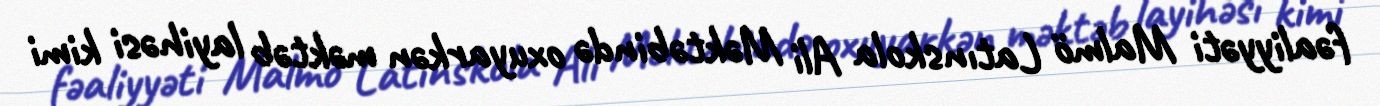
fəaliyyəti Malmö Latınskola Ali Məktəbində oxuyarkən məktəb layihəsi kimi